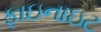
ફાઇનાઇટ